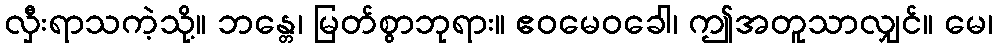
လှီးရာသကဲ့သို့။ ဘန္တေ၊ မြတ်စွာဘုရား။ ဧဝမေဝခေါ၊ ဤအတူသာလျှင်။ မေ၊